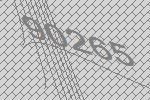
90265